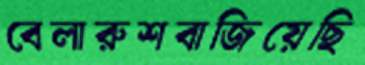
বেলারুশবাজিয়েছি